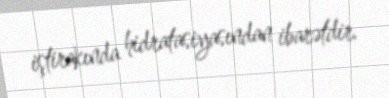
iştirakında hidratasiyasından ibarətdir.